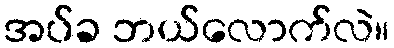
အပ်ခ ဘယ်လောက်လဲ။